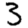
Digit: 3